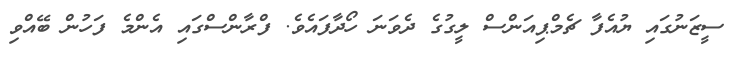
ސީޒަނުގައި ޔުއެފާ ޗެމްޕިއަންސް ލީގުގެ ދެވަނަ ހޯދާފައެވެ. ފްރާންސްގައި އެންމެ ފަހުން ބޭއްވި